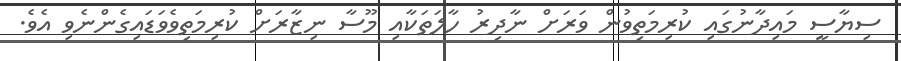
ސިޔާސީ މައިދާނުގައި ކުރިމަތިވުން ވަރަށް ނާދިރު ހާލަތަކާއި މޫސާ ނިޒާރަށް ކުރިމަތިވެވަޑައިގެންނެވި އެވެ.